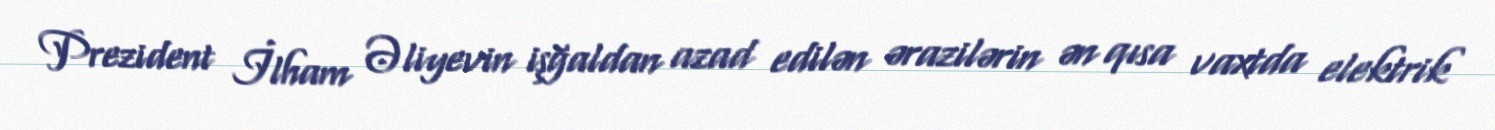
Prezident İlham Əliyevin işğaldan azad edilən ərazilərin ən qısa vaxtda elektrik